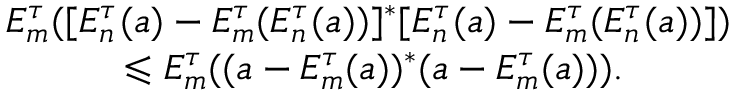
\begin{array} { r l } & { E _ { m } ^ { \tau } ( [ E _ { n } ^ { \tau } ( a ) - E _ { m } ^ { \tau } ( E _ { n } ^ { \tau } ( a ) ) ] ^ { * } [ E _ { n } ^ { \tau } ( a ) - E _ { m } ^ { \tau } ( E _ { n } ^ { \tau } ( a ) ) ] ) } \\ & { \quad \quad \quad \leqslant E _ { m } ^ { \tau } ( ( a - E _ { m } ^ { \tau } ( a ) ) ^ { * } ( a - E _ { m } ^ { \tau } ( a ) ) ) . } \end{array}